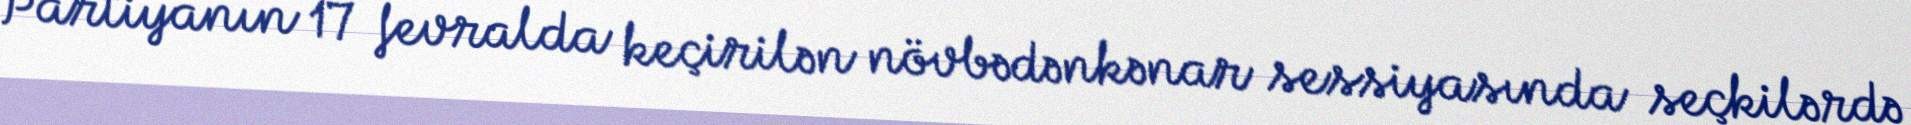
Partiyanın 17 fevralda keçirilən növbədənkənar sessiyasında seçkilərdə